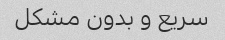
سریع و بدون مشکل